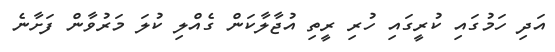
އަދި ހަމުގައި ކުރީގައި ހުރި ރީތި އުޖާލާކަން ގެއްލި ކުލަ މަރުވާން ފަށާނެ